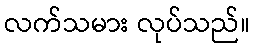
လက်သမား လုပ်သည်။